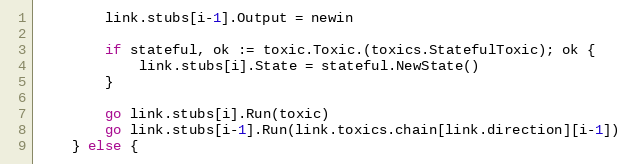
Language: Go
		link.stubs[i-1].Output = newin

		if stateful, ok := toxic.Toxic.(toxics.StatefulToxic); ok {
			link.stubs[i].State = stateful.NewState()
		}

		go link.stubs[i].Run(toxic)
		go link.stubs[i-1].Run(link.toxics.chain[link.direction][i-1])
	} else {